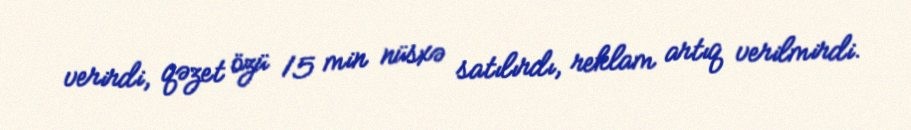
verirdi, qəzet özü 15 min nüsxə satılırdı, reklam artıq verilmirdi.